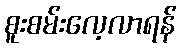
စူးစမ်းလေ့လာရန်